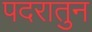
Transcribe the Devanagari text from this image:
पदरातुन